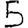
Digit: 5